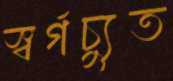
স্বর্গচ্যুত